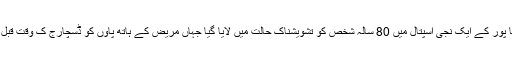
بھارتی میڈیا کے مطابق ریاست مدھیہ پردیش کے علاقے شاہجا پور کے ایک نجی اسپتال میں 80 سالہ شخص کو تشویشناک حالت میں لایا گیا جہاں مریض کے ہاتھ پاؤں کو ڈسچارج ک وقت قبل بستر سے باندھ دیا گیا تاکہ وہ بل ادا کیے بغیر فرار نہ ہوجائیں۔